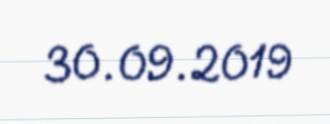
30.09.2019